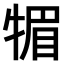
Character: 𤚤